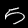
Digit: 5